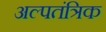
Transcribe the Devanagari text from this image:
अल्पतंत्रिक